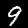
Digit: 9